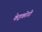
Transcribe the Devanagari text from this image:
केइकोगी